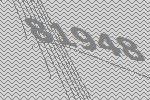
81948